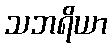
သဘရိယာ